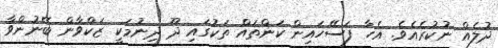
ދުލެއް ނުކުރެއެވެ. އެހާ ފަސޭހައިން ކަންތައް ތަކުގައި ދޫ ދިނުމަކީ ޒަކްވާން ބޭނުންވާ